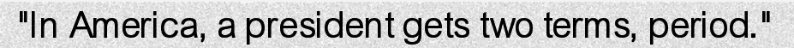
"In America, a president gets two terms, period."